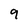
Character: 9